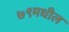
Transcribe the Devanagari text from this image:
७९मधील